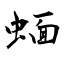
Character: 蝒